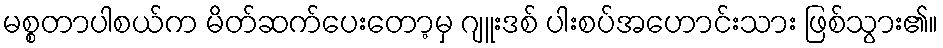
မစ္စတာပါစယ်က မိတ်ဆက်ပေးတော့မှ ဂျူးဒစ် ပါးစပ်အဟောင်းသား ဖြစ်သွား၏။